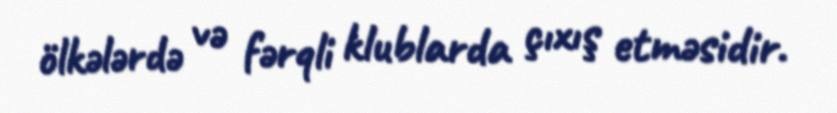
ölkələrdə və fərqli klublarda çıxış etməsidir.